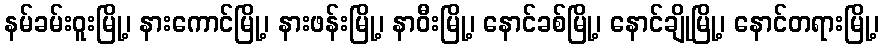
နမ်ခမ်းဝူးမြို့၊ နားကောင်မြို့၊ နားဖန်းမြို့၊ နာဝီးမြို့၊ နောင်ခစ်မြို့၊ နောင်ချိုမြို့၊ နောင်တရားမြို့၊